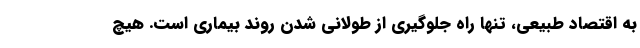
به اقتصاد طبیعی، تنها راه جلوگیری از طولانی شدن روند بیماری است. هیچ